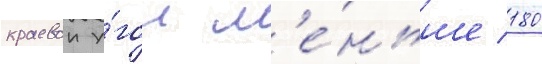
краевои у́гол м'е́ньше 180